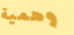
وهمية